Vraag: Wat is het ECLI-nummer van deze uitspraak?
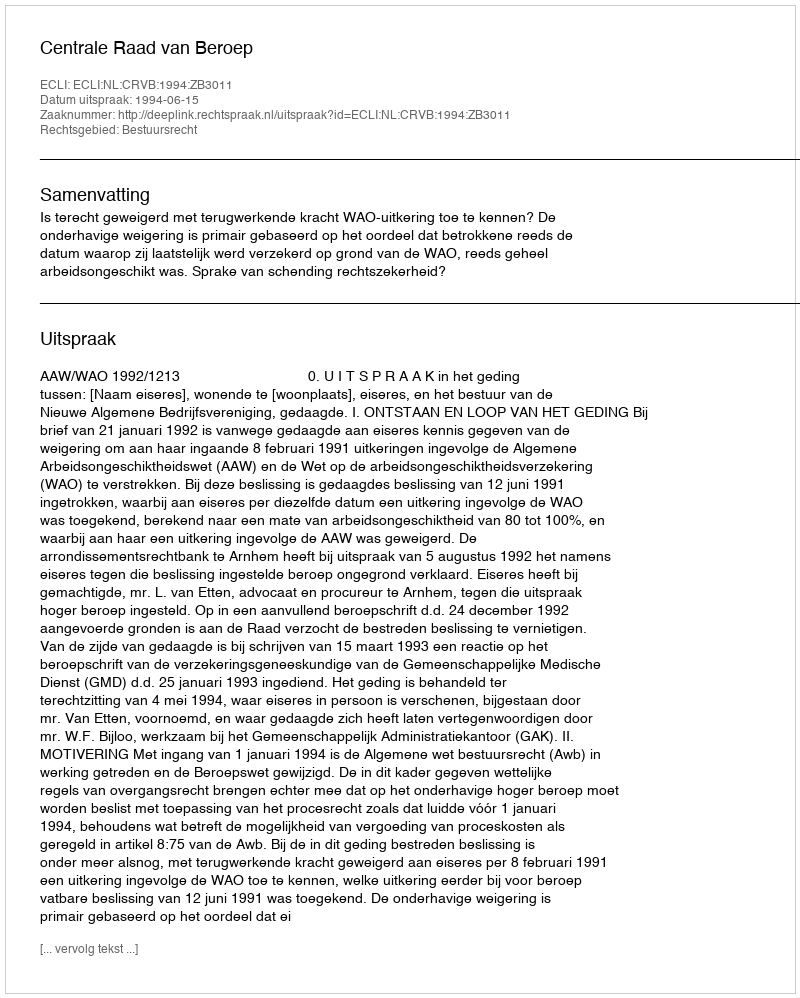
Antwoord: ECLI:NL:CRVB:1994:ZB3011